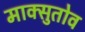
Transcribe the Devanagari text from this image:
माक्सुतोव